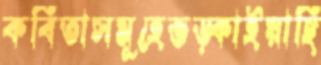
কবিতাসমূহেভড়্‌কাইয়াছি